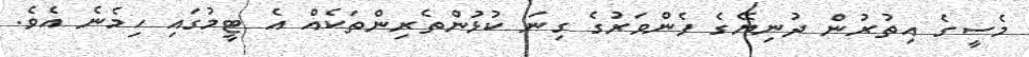
މެސީގެ އިތުރުން ދުނިޔޭގެ ފެންވަރުގެ ގިނަ ކުޅުންތެރިންތަކެއް އެ ޓީމުގައި ހިމެނެ އެވެ.